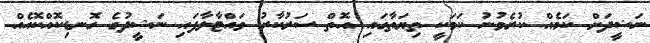
ނަޝީދަށް ކަމެއް ކުރެވުނު ކަމަކީ ތިޔަތާގައި އޮތް ސަރުކާރު ވައްޓާލާފައި ނަޝީދުގެ ގޮނޑިކޮއްކޮއެއް